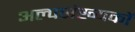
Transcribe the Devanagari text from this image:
अल्पसंख्‍यकों